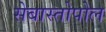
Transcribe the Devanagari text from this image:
सेबास्तोपोल